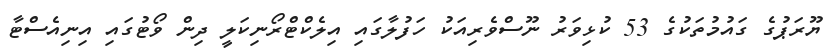
ޔޫރަޕުގެ ގައުމުތަކުގެ 53 ކުޅިވަރު ނޫސްވެރިއަކު ހަފުލާގައި އިލެކްޓްރޯނިކަލީ ދިން ވޯޓުގައި އިނިއެސްޓާ